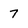
Character: 7